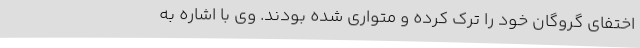
اختفای گروگان خود را ترک کرده و متواری شده بودند. وی با اشاره به